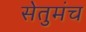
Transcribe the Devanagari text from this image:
सेतुमंच